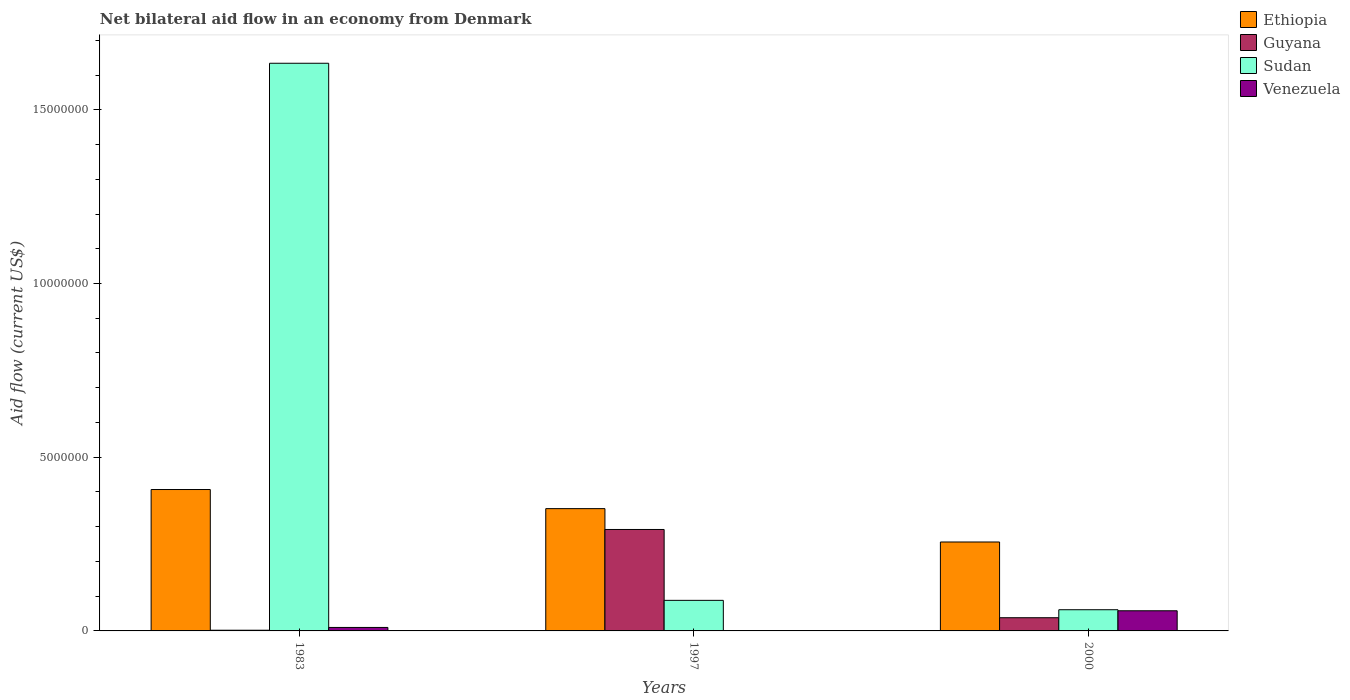
| Years | Ethiopia | Guyana | Sudan | Venezuela |
 | --- | --- | --- | --- | --- |
 | 1983 | 4.07e+06 | 2e+04 | 1.63e+07 | 1e+05 |
 | 1997 | 3.52e+06 | 2.92e+06 | 8.8e+05 | 1e+04 |
 | 2000 | 2.56e+06 | 3.8e+05 | 6.1e+05 | 5.8e+05 |